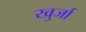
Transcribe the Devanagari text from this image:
खु्र्जा